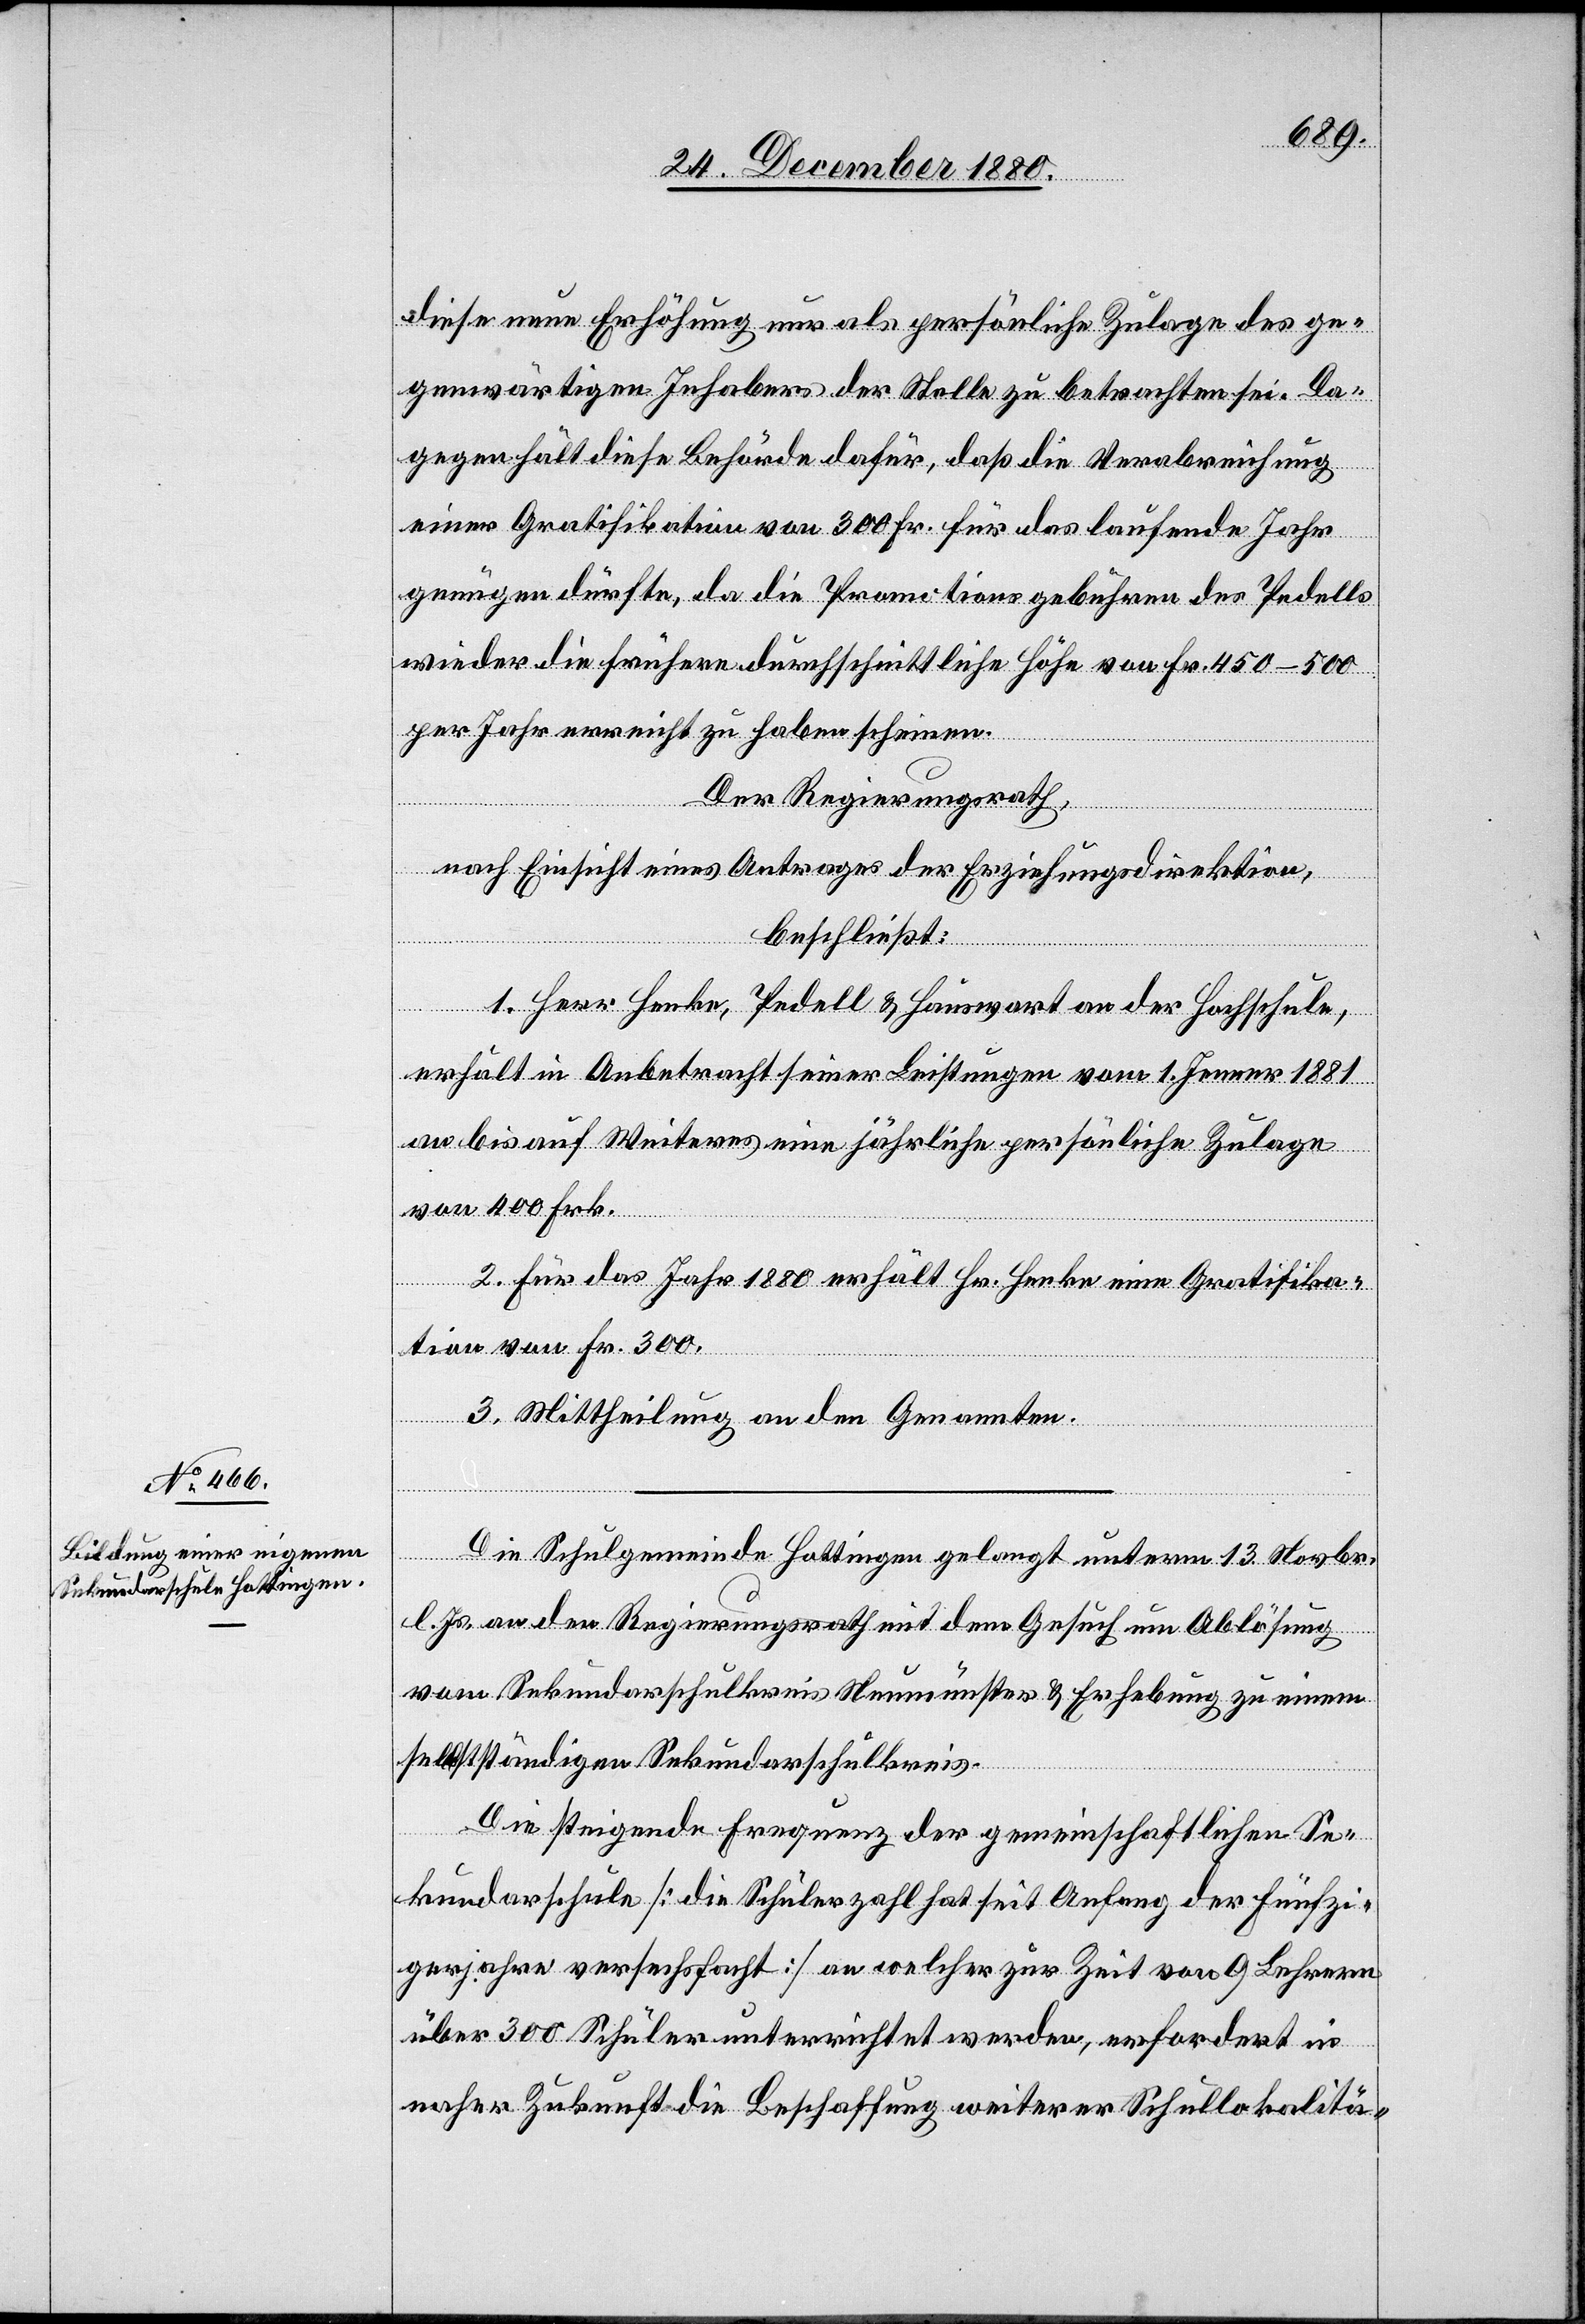
Sekundarschule Hottingen

diese neue Erhöhung nur als persönliche Zulage des ge¬
genwärtigen Inhabers der Stelle zu betrachten sei. Da¬
gegen hält diese Behörde dafür, daß die Verabreichung
einer Gratifikation von 300 Fr. für das laufende Jahr
genügen dürfte, da die Promotionsgebühren des Pedells
wieder die frühere durchschnittliche Höhe von Fr. 450–500
per Jahr erreicht zu haben scheinen.
unterm
Der Regierungsrath,
nach Einsicht eines Antrages der Erziehungsdirektion,
beschließt:
Die
1. Herr Henke, Pedell & Hauswart an der Hochschule
erhält in Anbetracht seiner Leistungen vom 1. Jenner 1881
an bis auf Weiteres eine jährliche persönliche Zulage
von 400 Frk.
2. Für das Jahr 1880 erhält Hr. Henke eine Gratifika¬
tion von Fr. 300.
br.
3. Mittheilung an den Genannten.
l. Js. an den Regierungsrath mit dem Gesuch um Ablösung
vom Sekundarschulkreis Neumünster & Erhebung zu einem
selbstständigen Sekundarschulkreis.
Die steigende Frequenz der gemeinschaftlichen Se¬
kundarschule [die Schülerzahl hat [sich] seit Anfang der Fünfzi¬
gerjahre versechsfacht] an welcher zur Zeit von 9 Lehrern
über 300 Schüler unterrichtet werden, erfordert in
naher Zukunft die Beschaffung weiterer Schullokalitä-